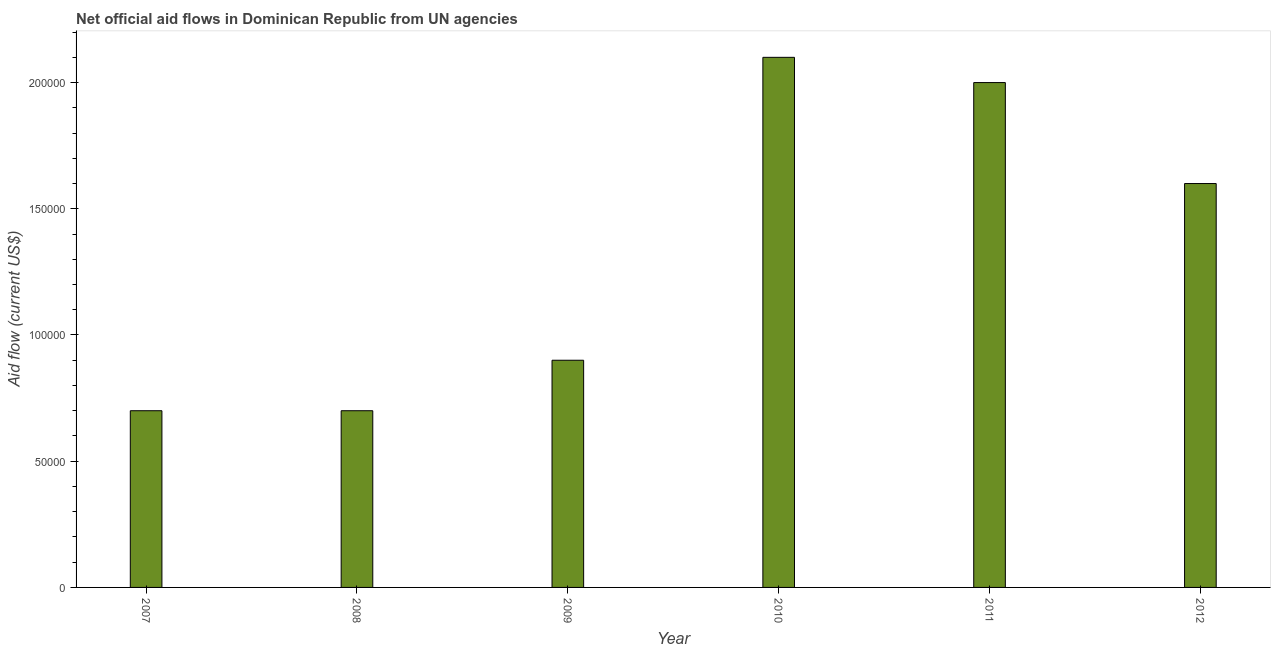
| Year | Net official flows from UN agencies |
 | --- | --- |
 | 2007 | 7e+04 |
 | 2008 | 7e+04 |
 | 2009 | 9e+04 |
 | 2010 | 2.1e+05 |
 | 2011 | 2e+05 |
 | 2012 | 1.6e+05 |